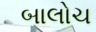
બાલોચ